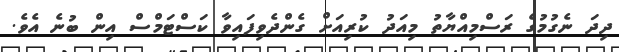
ދިދަ ނެގުމުގެ ރަސްމިއްޔާތު މިއަދު ކުރިއަށް ގެންދެވިފައިވާ ކަސްޓަމްސް އިން ބުނެ އެވެ.